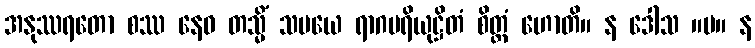
အနုဿရတော စဿ နေဝ တသ္မိံ သမယေ ရာဂပရိယုဋ္ဌိတံ စိတ္တံ ဟောတိ။ န ဒေါသ ။ပ။ န